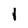
Character: I